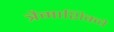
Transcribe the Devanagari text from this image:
त्रैमाशिकचे